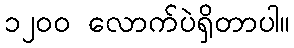
၁၂၀၀ လောက်ပဲရှိတာပါ။